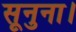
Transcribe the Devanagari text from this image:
सूनुना।